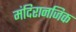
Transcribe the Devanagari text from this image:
मंदिरानजिक